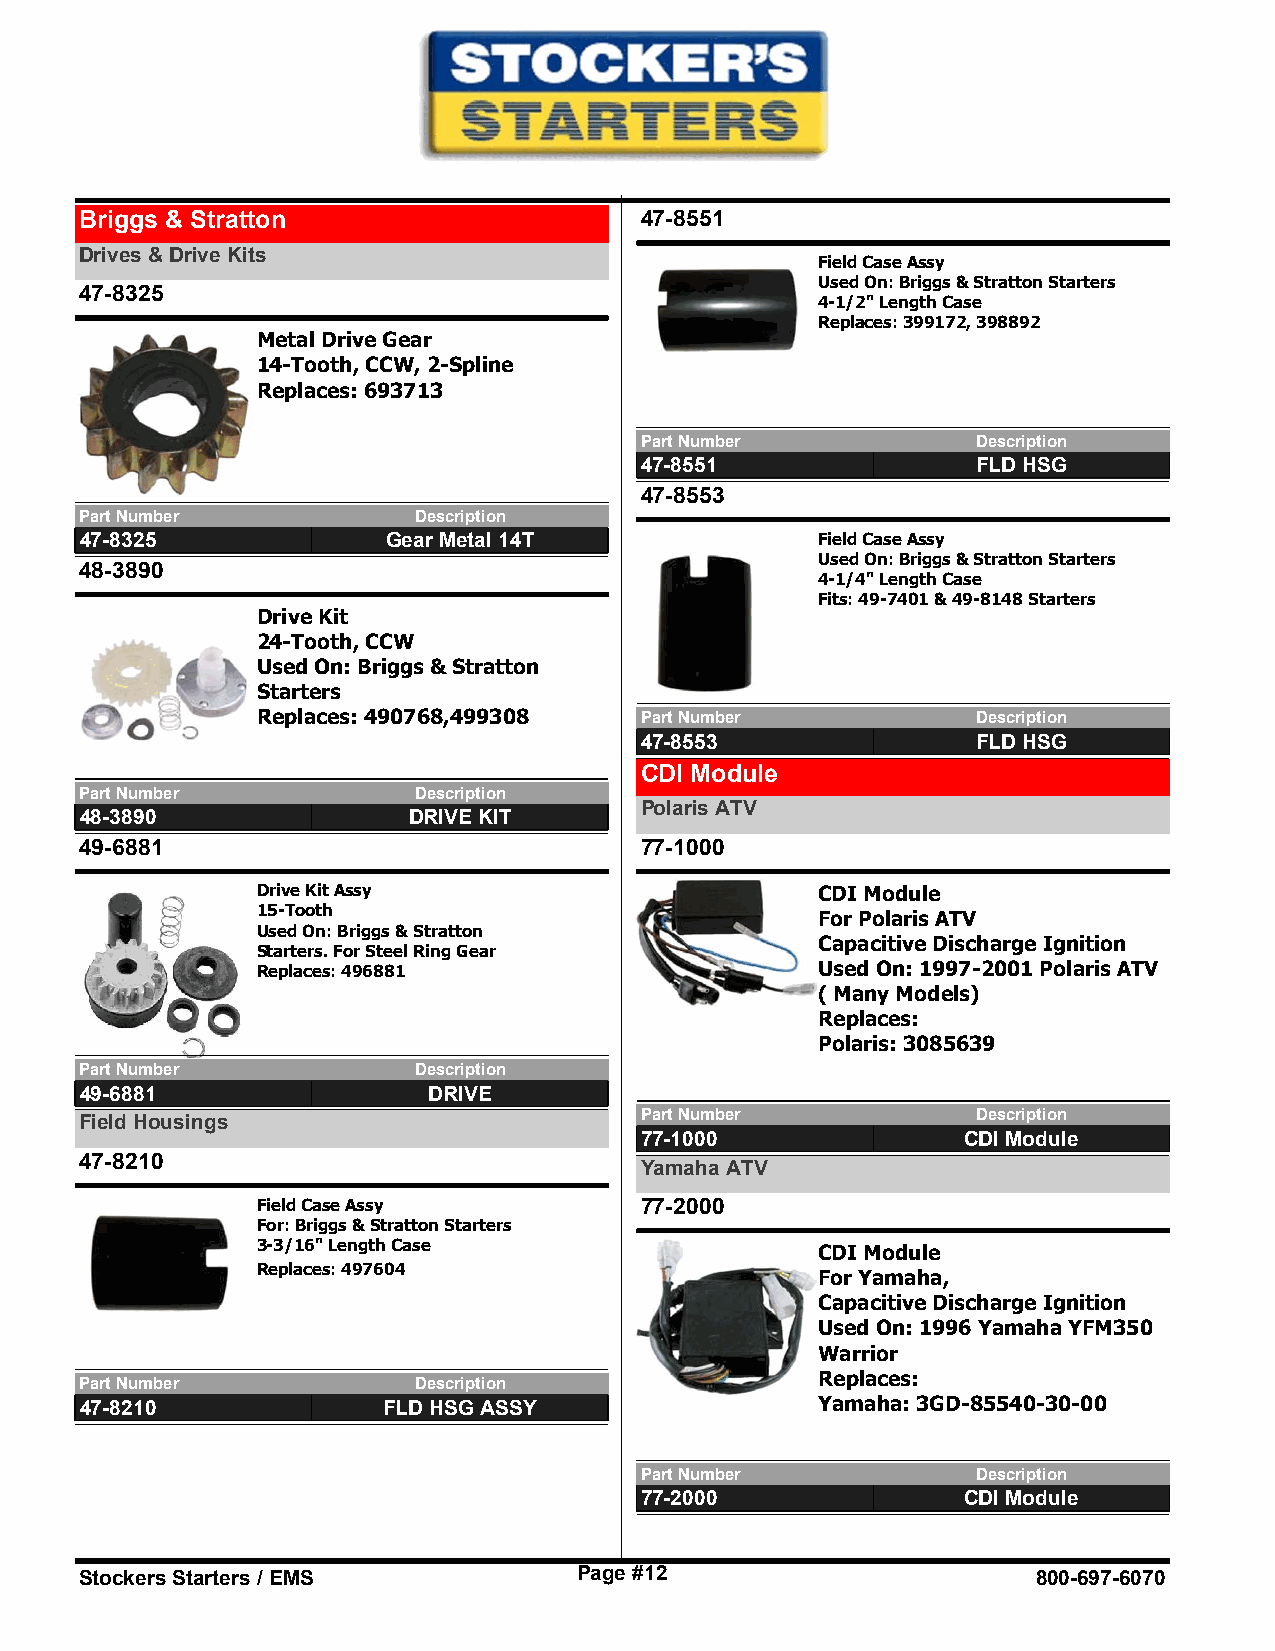
Briggs & Stratton                    47-8551
 Drives & Drive Kits
 Field Case Assy
 Used On: Briggs & Stratton Starters
 47-8325
 4-1/2" Length Case
 Replaces: 399172, 398892
 Metal Drive Gear
 14-Tooth, CCW, 2-Spline
 Replaces: 693713
 Part Number            Description
 47-8551                FLD HSG
 47-8553
 Part Number           Description
 47-8325              Gear Metal 14T              Field Case Assy
 Used On: Briggs & Stratton Starters
 48-3890
 4-1/4" Length Case
 Fits: 49-7401 & 49-8148 Starters
 Drive Kit
 24-Tooth, CCW
 Used On: Briggs & Stratton
 Starters
 Replaces: 490768,499308  Part Number            Description
 47-8553                FLD HSG
 CDI Module
 Part Number           Description
 Polaris ATV
 48-3890               DRIVE KIT
 49-6881                              77-1000
 Drive Kit Assy                       CDI Module
 15-Tooth
 For Polaris ATV
 Used On: Briggs & Stratton
 Capacitive Discharge Ignition
 Starters. For Steel Ring Gear
 Replaces: 496881                     Used On: 1997-2001 Polaris ATV
 ( Many Models)
 Replaces:
 Polaris: 3085639
 Part Number           Description
 49-6881                DRIVE
 Part Number            Description
 Field Housings
 77-1000               CDI Module
 47-8210
 Yamaha ATV
 Field Case Assy          77-2000
 For: Briggs & Stratton Starters
 3-3/16" Length Case
 CDI Module
 Replaces: 497604
 For Yamaha,
 Capacitive Discharge Ignition
 Used On: 1996 Yamaha YFM350
 Warrior
 Part Number           Description                Replaces:
 47-8210             FLD HSG ASSY                 Yamaha: 3GD-85540-30-00
 Part Number            Description
 77-2000               CDI Module
 Stockers Starters / EMS          Page #12                       800-697-6070